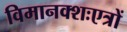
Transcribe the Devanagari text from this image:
विमानक्शःएत्रों